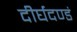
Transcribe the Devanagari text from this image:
दीर्घदण्डं